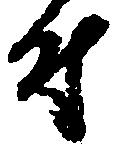
付